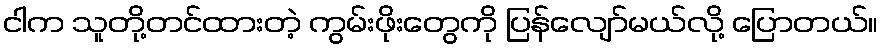
ငါက သူတို့တင်ထားတဲ့ ကွမ်းဖိုးတွေကို ပြန်လျော်မယ်လို့ ပြောတယ်။